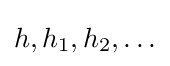
h,h_{1},h_{2},\ldots